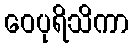
ဝေပုရိသိကာ